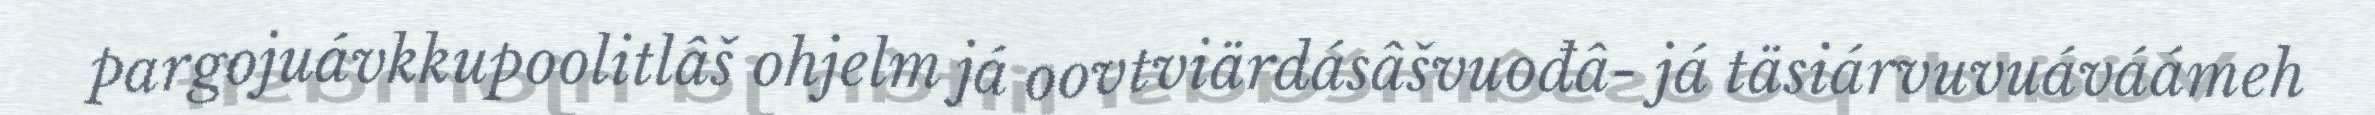
pargojuávkkupoolitlâš ohjelm já oovtviärdásâšvuođâ- já täsiárvuvuáváámeh